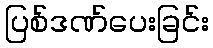
ပြစ်ဒဏ်ပေးခြင်း